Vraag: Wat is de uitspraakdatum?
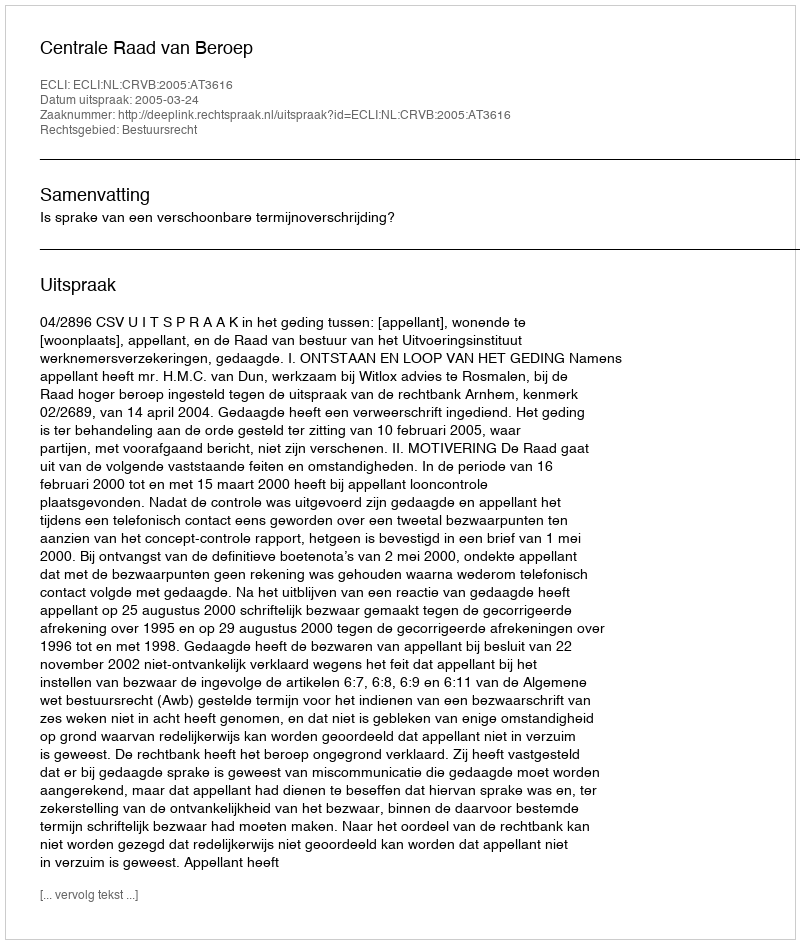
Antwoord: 2005-03-24